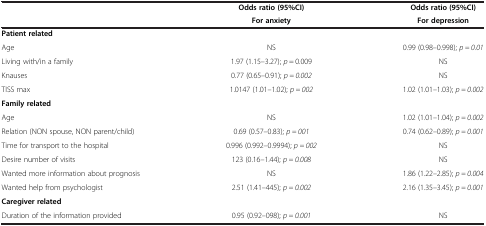
<table><thead><tr><td><b> </b></td><td><b>Odds ratio (95%CI)</b></td><td><b>Odds ratio (95%CI)</b></td></tr><tr><td><b> </b></td><td><b>For anxiety</b></td><td><b>For depression</b></td></tr></thead><tbody><tr><td><b>Patient related</b></td><td> </td><td> </td></tr><tr><td>Age</td><td>NS</td><td>0.99 (0.98–0.998); <i>p = 0.01</i></td></tr><tr><td>Living with/in a family</td><td>1.97 (1.15–3.27); <i>p</i> = 0.009</td><td>NS</td></tr><tr><td>Knauses</td><td>0.77 (0.65–0.91); <i>p = 0.002</i></td><td>NS</td></tr><tr><td>TISS max</td><td>1.0147 (1.01–1.02); <i>p = 002</i></td><td>1.02 (1.01–1.03); <i>p = 0.002</i></td></tr><tr><td><b>Family related</b></td><td> </td><td> </td></tr><tr><td>Age</td><td>NS</td><td>1.02 (1.01–1.04); <i>p = 0.002</i></td></tr><tr><td>Relation (NON spouse, NON parent/child)</td><td>0.69 (0.57–0.83); <i>p = 001</i></td><td>0.74 (0.62–0.89); <i>p = 0.001</i></td></tr><tr><td>Time for transport to the hospital</td><td>0.996 (0.992–0.9994); <i>p = 002</i></td><td>NS</td></tr><tr><td>Desire number of visits</td><td>123 (0.16–1.44); <i>p = 0.008</i></td><td>NS</td></tr><tr><td>Wanted more information about prognosis</td><td>NS</td><td>1.86 (1.22–2.85); <i>p = 0.004</i></td></tr><tr><td>Wanted help from psychologist</td><td>2.51 (1.41–445); <i>p = 0.002</i></td><td>2.16 (1.35–3.45); <i>p = 0.001</i></td></tr><tr><td><b>Caregiver related</b></td><td> </td><td> </td></tr><tr><td>Duration of the information provided</td><td>0.95 (0.92–098); <i>p = 0.001</i></td><td>NS</td></tr></tbody></table>